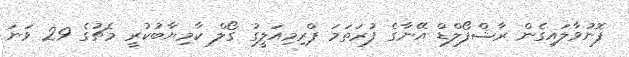
ފޮނުވާލައިގެން ރާޝްފޯލްޑް އޭނާގެ ފުރަތަމަ ޕްރިމިއަލީގު ގޯލް ކާމިޔާބުކުރީ މެޗުގެ 29 ވަނަ